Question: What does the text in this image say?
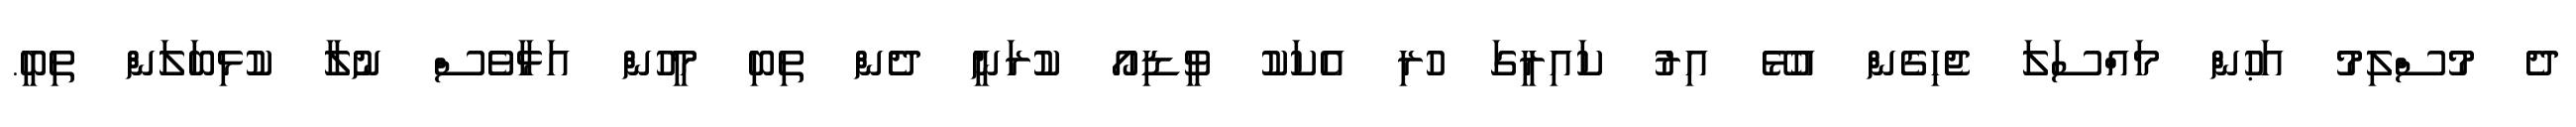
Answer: ދެ މުސްލިމު އަޙުން މައްސަލަ ޖެހިގެން އުޅޭ އިރު ކައިރީގަ ހުރި އެކަކު ވީޑިއޯ ކުރަނީ ދެން ތިބި މީހުން އަޅާވެސް ނުލާ ކުޅިބަލަން ތިބީ.